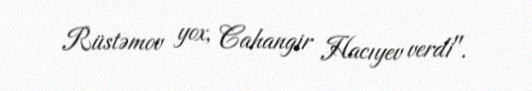
Rüstəmov yox, Cahangir Hacıyev verdi".